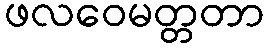
ဖလဝေမတ္တတာ